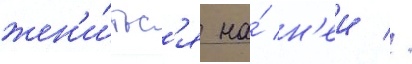
жен'и́тьс'я на́ н'еи //